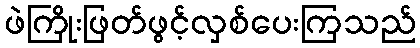
ဖဲကြိုးဖြတ်ဖွင့်လှစ်ပေးကြသည်